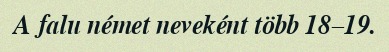
A falu német neveként több 18–19.